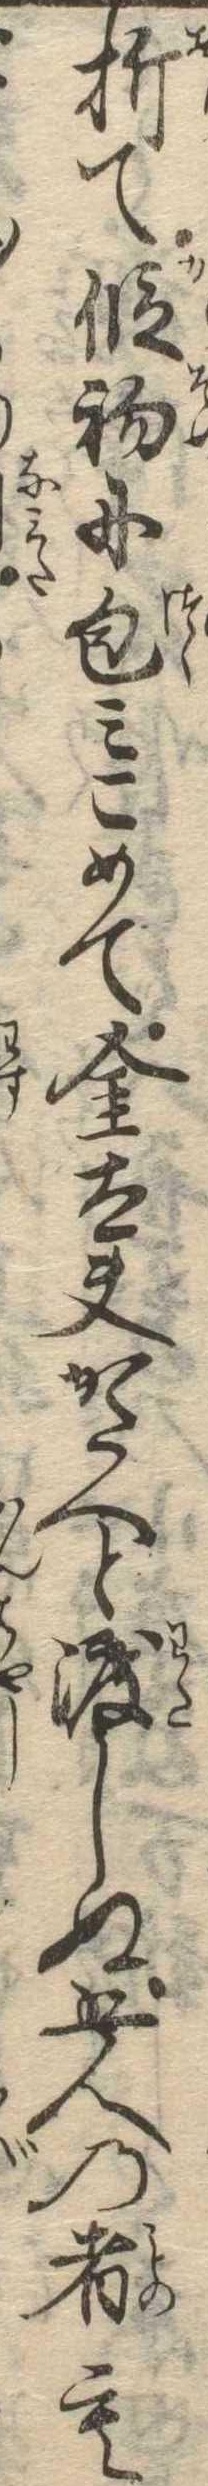
折て仮初に包みこめて金太夫かたへと渡しぬ五人の者も